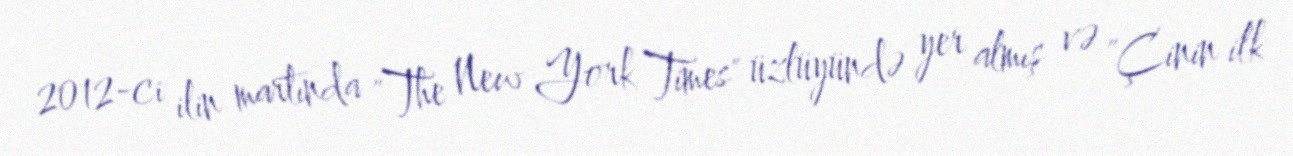
2012-ci ilin martında "The New York Times" üzlüyündə yer almış və "Çinin ilk